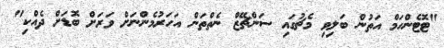
"ޓޮޓެންހަމް އަތުން ބަލިވި މެޗުގައި ސަންޗޭޒް ނެތްތަން އަހަރުމެންނަށް ވަރަށް ބޮޑަށް ދެއްކި"